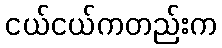
ငယ်ငယ်ကတည်းက